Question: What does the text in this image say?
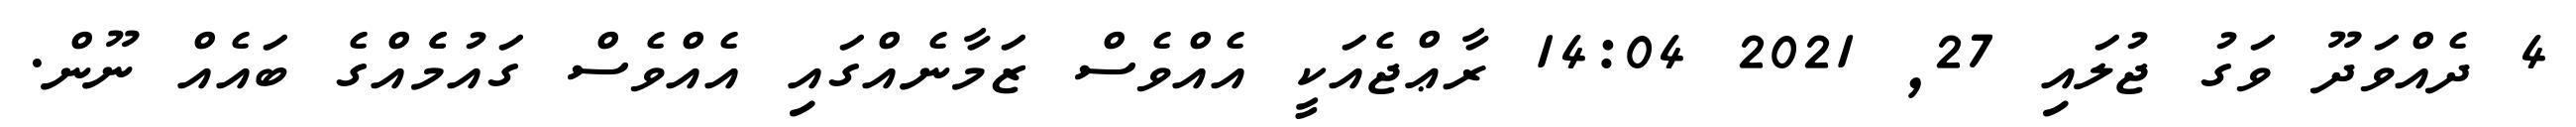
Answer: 4 ދެއްވަދޫ ވަގު ޖުލައި 27, 2021 14:04 ރާޢްޖެއަކީ އެއްވެސް ޒަމާނެއްގައި އެއްވެސް ގައުމެެއްގެ ބައެއް ނޫން.